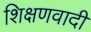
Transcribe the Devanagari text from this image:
शिक्षणवादी